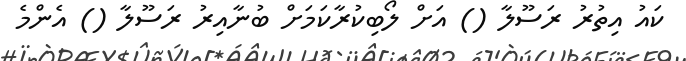
ކައު އިތުރު ރަސޫލާ () އަށް ލޯބިކުރާކަމަށް ބުނާއިރު ރަސޫލާ () އެންމެ